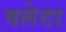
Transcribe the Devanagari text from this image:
वलेटा